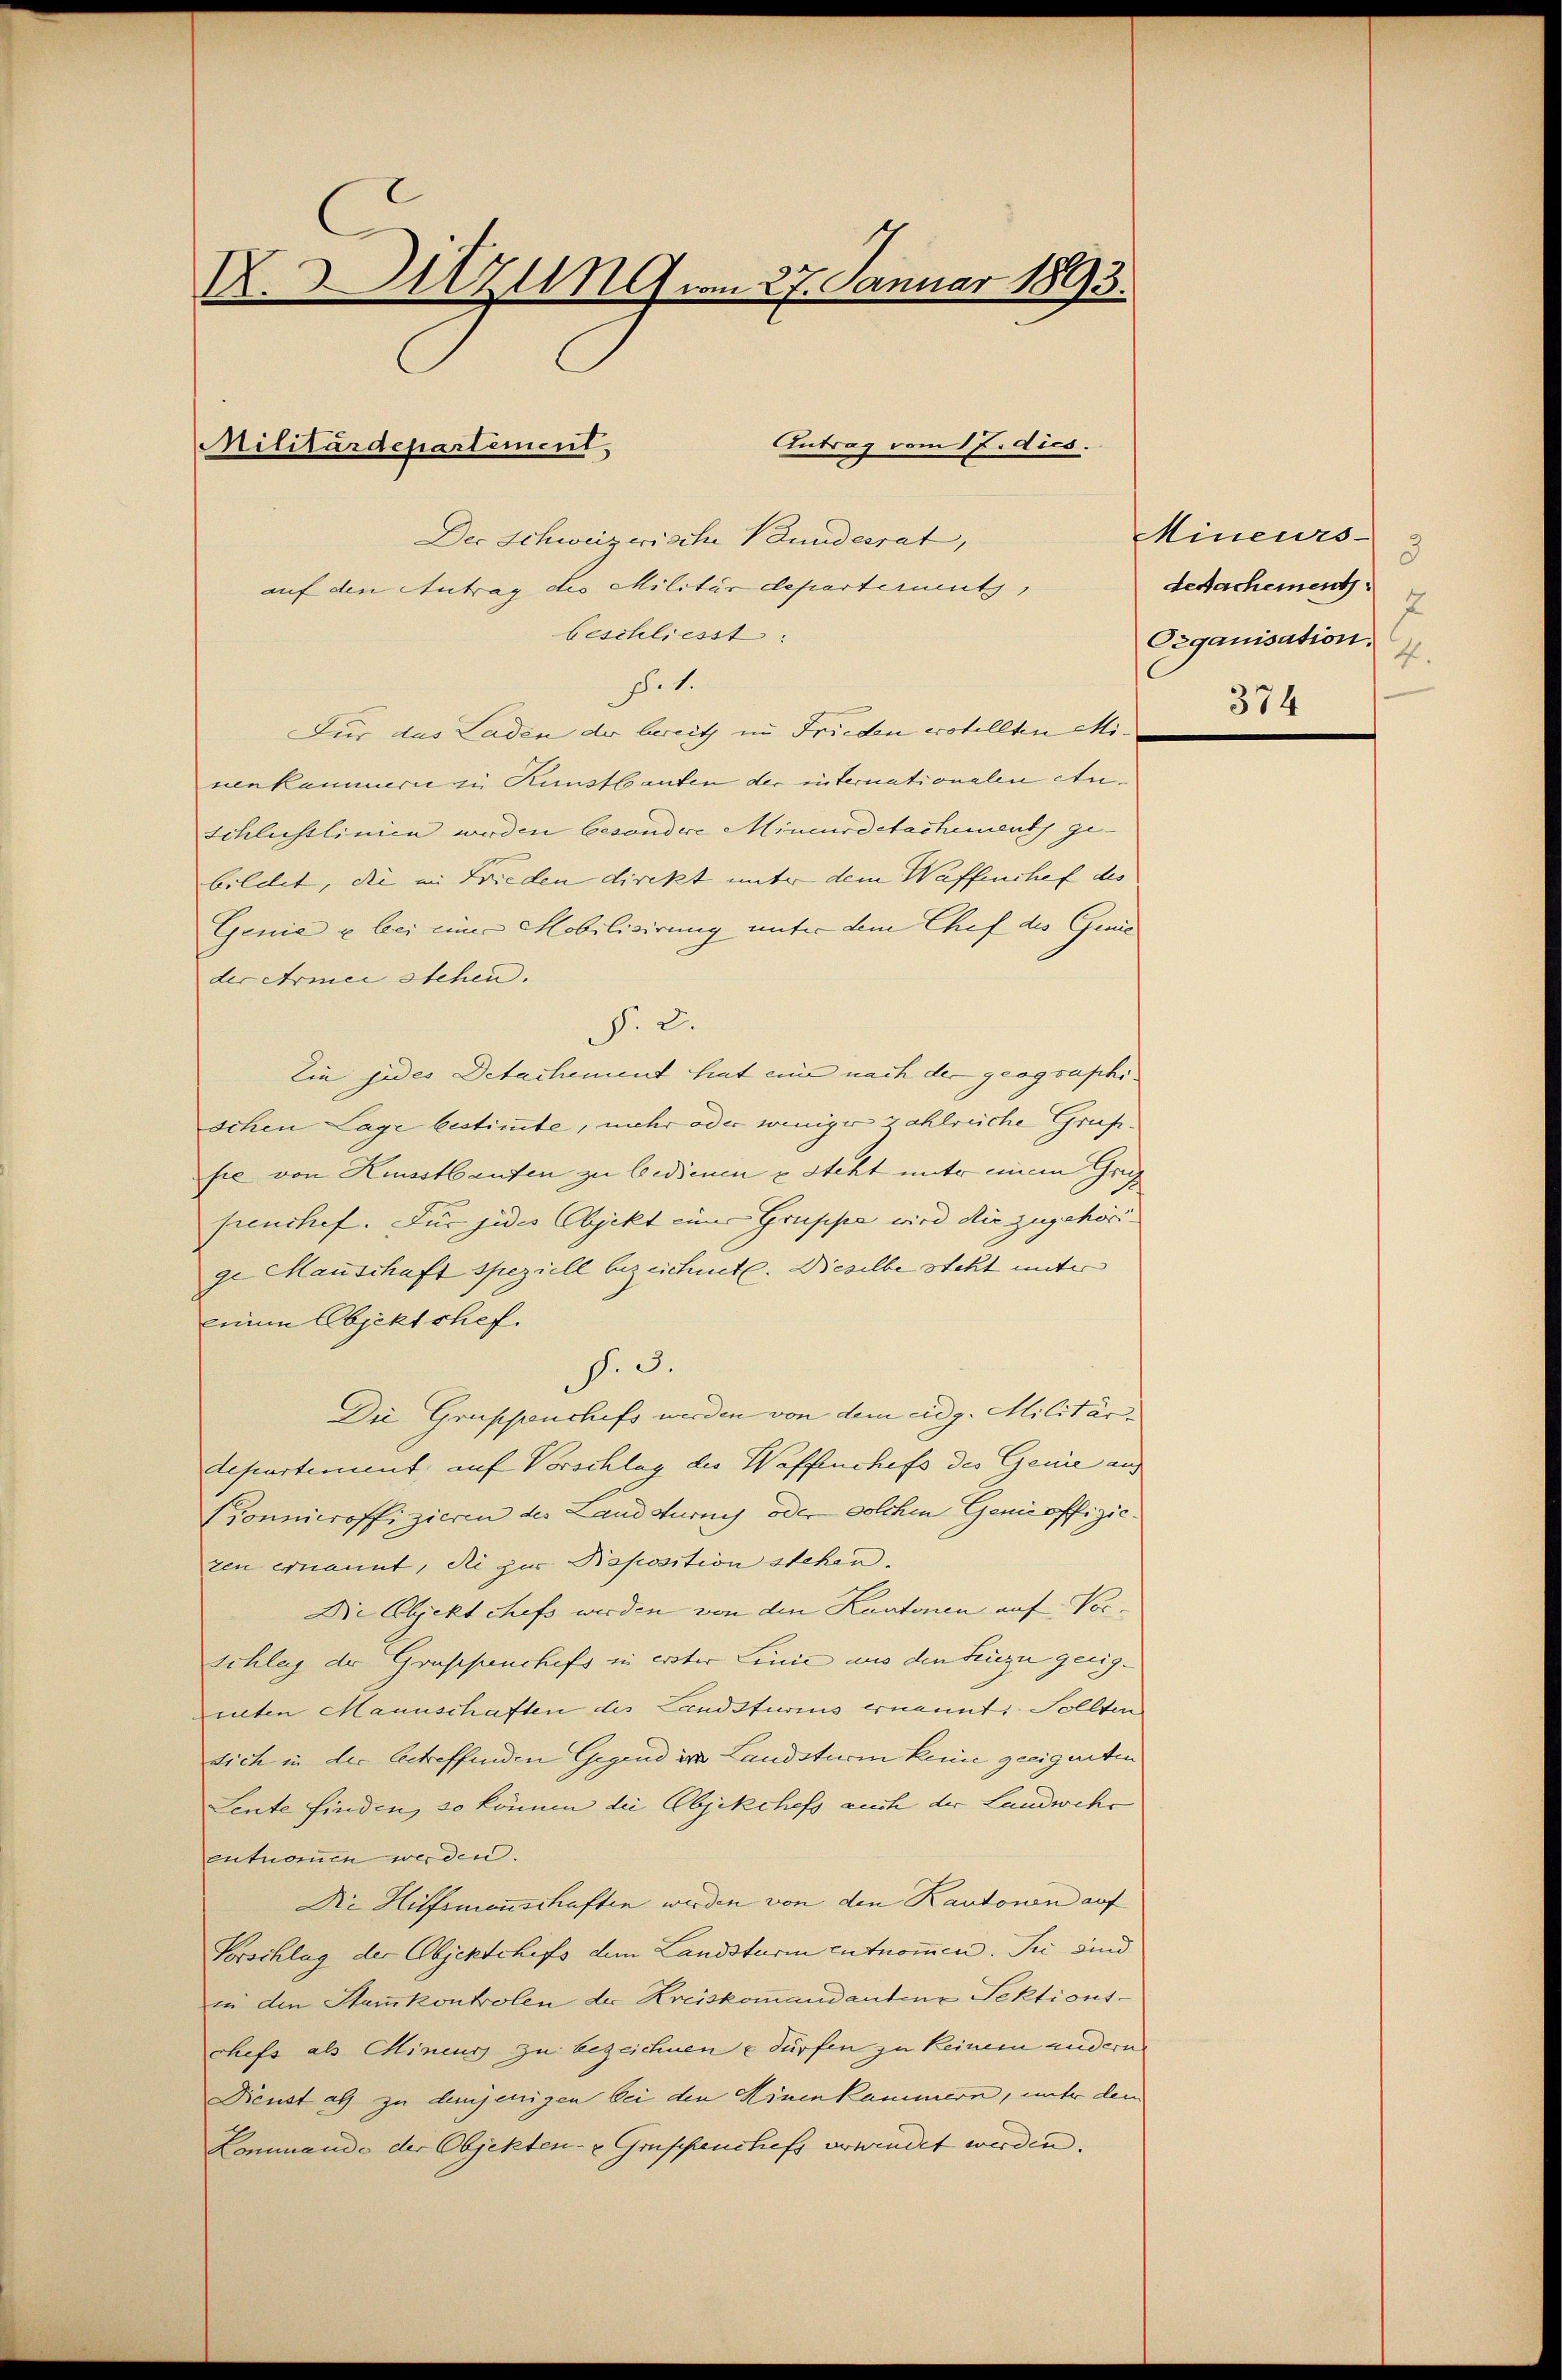
X. Sitzung vom 27. Januar 1893.

Antrag vom 17. dies.
Militärdepartement
Der Schweizerische Bundesrat,

auf den Antrag des Militärdepartermuts
beschliesst:

p. 1.
Für das Laden der bereit in Frieden votellten Minenkammern zu Kunstbauten der internationalen Au¬
Schlusslinien werden besondere Mineur detachements gebildet, die im Frieden direkt unter dem Waffenchef des
Genie u bei einer Mobilisirung unter dem Chef des Genie
der Armee stehen.
§. 2.
tin jedes Detachement hat eine nach der geographischen Lage bestimmte, mehr oder weniger zahlreiche Grufsie von Kusstbauten zu bedienen & steht unter einem Graz,
frenchef. Für jedes Objekt einer Gruppe wird die zugehöri
ge Mauschaft speziell bezeichnet. Dieselbe steht unter
einen Objektshef.
§. 3.
Die Gruppenchefs werden von dem eidg. Militärdepartement auf Vorschlag des Waffenchefs des Genie auf
Connieroffizieren des Landsturnis oder solchen Genie offiziezen ernannt, die zur Reposition stehen.
Die Objekt chefs werden von den Kantonen auf Vorschlag der Graschenchefs in erster Linie aus den Lenze geeig-
reten Mannschaften des Landsturius ernannt: Sollten
sich in der betreffenden Gegend in Landsturm keine geeigneten
Leute finden, so können die Objekchefs auch der Landwehr
entnommen werden.
Die Hilfsmenschaften werden von den Kantonen auf
Vorschlag der Objektchefs dem Landsturm entnommen. Sie sind
in den Stankontrolen der Kreiskommandantene Sektionschefs als Minens zu bezeichnen u dürfen zu keinem andern
Dienst als zu denjenigen bei den Hinenkammern, unter den
Kommende der Objekten- & Gruppenchefs verwendet werden.

Mineurs
3
desachement:
7
Organisation.
7.
374